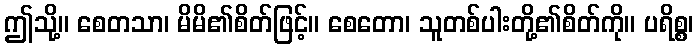
ဤသို့။ စေတသာ၊ မိမိ၏စိတ်ဖြင့်။ စေတော၊ သူတစ်ပါးတို့၏စိတ်ကို။ ပရိစ္စ၊